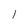
Character: l